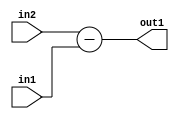
`timescale 1ps / 1ps
/*****************************************************************************
    Verilog RTL Description
    
    
    Created by: CellMath Designer 2019.1.01 
*******************************************************************************/

module float2fix_Sub_5Ux5U_5U_1 (
	in2,
	in1,
	out1
	); /* architecture "behavioural" */ 
input [4:0] in2,
	in1;
output [4:0] out1;
wire [4:0] asc001;

assign asc001 = 
	+(in2)
	-(in1);

assign out1 = asc001;
endmodule

/* CADENCE  urj0Qgo= : u9/ySgnWtBlWxVPRXgAZ4Og= ** DO NOT EDIT THIS LINE ******/